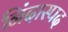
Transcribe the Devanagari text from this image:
निंदास्पद